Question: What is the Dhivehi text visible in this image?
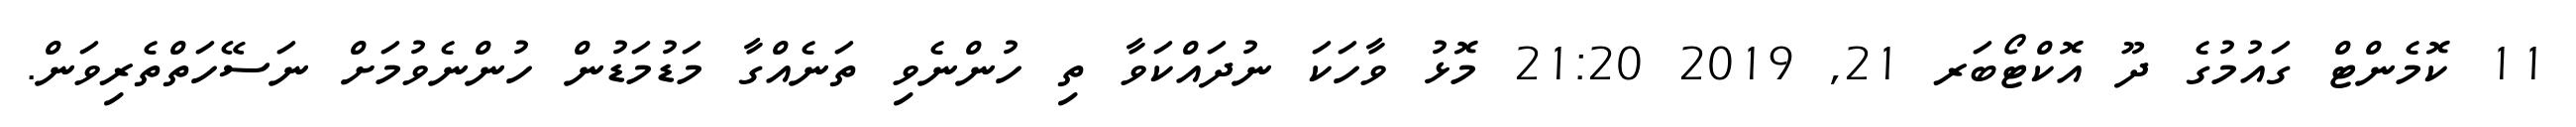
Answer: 11 ކޮމެންޓް ގައުމުގެ ދޫ އޮކްޓޯބަރ 21, 2019 21:20 މޮޅު ވާހަކަ ނުދައްކަވާ ތި ހުންނެވި ތަނެއްގާ މަޑުމަޑުން ހުންނެވުމަށް ނަސޭހަތްތެރިވަން.